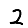
Digit: 2